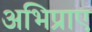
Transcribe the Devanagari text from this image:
अभिप्राए